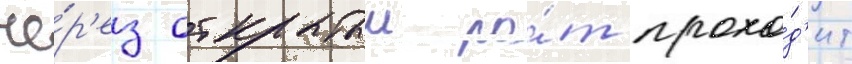
че́р'ез открытыи ро́т прохо́д'ит